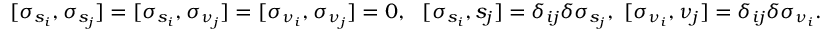
[ \sigma _ { s _ { i } } , \sigma _ { s _ { j } } ] = [ \sigma _ { s _ { i } } , \sigma _ { \nu _ { j } } ] = [ \sigma _ { \nu _ { i } } , \sigma _ { \nu _ { j } } ] = 0 , \, \, \ [ \sigma _ { s _ { i } } , s _ { j } ] = \delta _ { i j } \delta \sigma _ { s _ { j } } , \, \, [ \sigma _ { \nu _ { i } } , \nu _ { j } ] = \delta _ { i j } \delta \sigma _ { \nu _ { i } } .